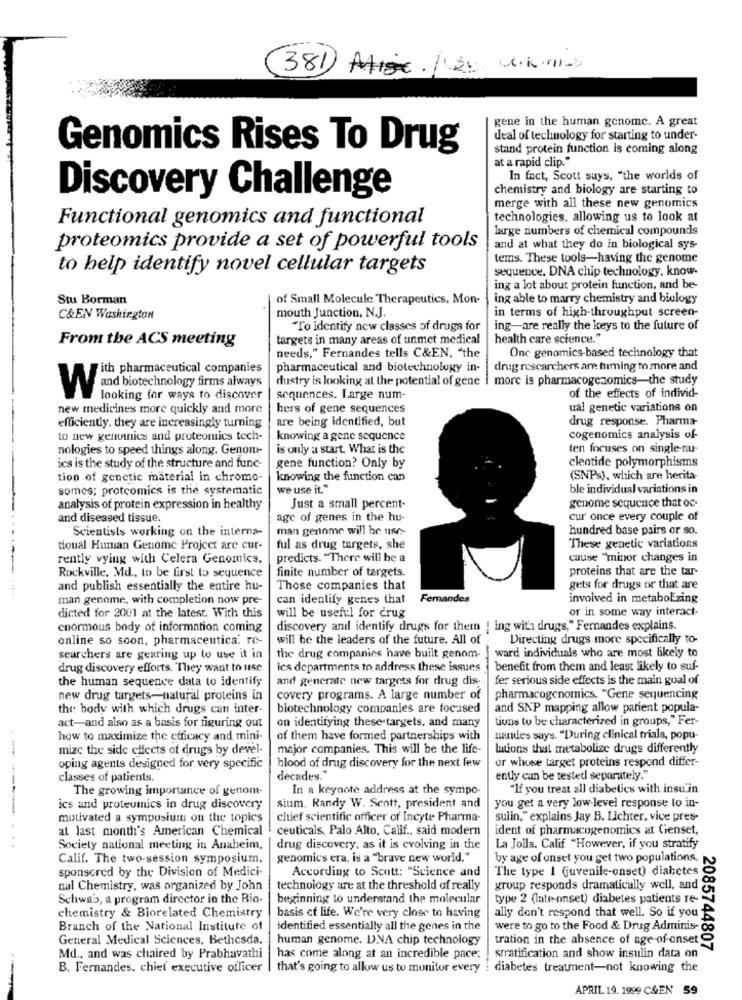
381
gene in the human genome. A great
deal of technology for starting to under-
Genomics Rises To Drug
stand protein function is coming along
at a rapid clip."
In fact, Scott says, "the worlds of
chemistry and biology are starting to
Discovery Challenge
merge with all these new genomics
Functional genomics and functional
technologies, allowing us to look at
large numbers of chemical compounds
proteomics provide a set of powerful tools
and at what they do in biological sys-
tems. These tools-having the genome
to help identify novel cellular targets
sequence, DNA chip technology, know-
ing a lot about protein function, and be-
Stu Borman
of Small Molecule Therapeutics, Mon-
ing able to marry chemistry and biology
in terms of high-throughput screen-
C&EN Washington
mouth Junction, N.J.
"To identify new classes of drugs for
ing-are really the keys to the future of
From the ACS meeting
targets in many areas of unmet medical
health care science."
needs," Fernandes tells C&EN, "the
One genomics-based technology that
pharmaceutical and biotechnology in-
drug researchers are timing to more and
With pharmaceutical companies
dustry is looking at the potential of gene | more is pharmacogenomics-the study
and biotechnology firms always
W
looking for ways to discover
sequences. Large num-
of the effects of individ-
new medicines more quickly and more
bers of gene sequences
ual genetic variations on
are being identified, but
drug response. Pharma-
efficiently, they are increasingly turning
to new genuinics and proteomics tech-
knowing a gene sequence
cogenomics analysis of-
nologies to speed things along. Genom-
is only a start. What is the
ten focuses on single-nu-
ics is the study of the structure and func-
gene function? Only by
clentide polymorphisms
tion of genetic material in chromo-
knowing the function can
(SNPs), which are herita-
somes; proteomics is the systematic
we use it."
ble individual variations in
genome sequence that oc-
analysis of protein expression in healthy
Just a small percent-
and diseased tissue.
age of genes in the hu-
cur once every couple of
Scientists working on the interna-
man genome will be use-
hundred base pairs or so.
tioual Human Genome Project are cur-
ful as drug targets, she
These genetic variations
rently vying with Celera Genomics.
predicts. "There will be a
cause "minor changes in
finite number of targets.
proteins that are the tar-
Rockville, Md ., to be first to sequence
and publish essentially the entire hu-
Those companies that
gets for drugs or that are
man genome, with completion now pre-
can identify genes that
Femandes
involved in metabol zing
or in some way interact-
dicted for 2001 at the latest. With this
will be useful for drug
enormous body of information coming
discovery and identify drugs for them ! ing with drugs," Fernandes explains.
online so soon, pharmaceutical ro-
will be the leaders of the future. All of
Directing drugs more specifically to-
ward individuals who are most likely to
searchers are gearing up to use it in
the drug companies have built genom-
drug discovery efforts. They want to use
ics departments to address these issues
benefit from them and least likely to suf-
the human sequence data to identify
and generate new targets for drug dis --
fer serious side effects is the main goal of
new drug targets-natural proteins in
covery programs. A large number of
pharmacogenomics. "Gene sequencing
the body with which drugs can inter-
biotechnology companies are focused
and SNP mapping allow patient popula-
on identifying these targets, and many
tiuns to be characterized in groups," Fer-
act-and also as a basis for figuring out
how to maximize the efficacy and mini-
of them have formed partnerships with
sandes says. "During clinical trials, popu-
mize the side effects of drugs by devel-
major companies. This will be the life-
lations that metabolize drugs differently
--
blood of drug discovery for the next few
or whose target proteins respond differ-
oping agents designed for very specific
classes of patients.
decades."
ently can be tested separately."
The growing importance of genom-
In a keynote address at the sympo-
'If you treat all diabetics with insu'in
ics and proteumics in drug discovery
sium, Randy W. Scott, president and
you get a very low-level response to in-
motivated a symposium on the topics
chief scientific officer of Incyte Pharma-
sulin," explains Jay B. Lichter, vice pres-
at last month's American Chemical
ceuticals. Palo Alto, Calif ., said modern
ident of pharmacogenomics at Genset,
. .
Society national meeting in Anaheim.
drug discovery, as it is evolving in the
La Jolla, Calif "However, if you stratify
Calif. The two-session symposium.
genomics era, is a "brave new world."
by age of onset you get two populations.
sponsored by the Division of Medici-
According to Scott: "Science and
The type I (juvenile-onset) diabetes
nal Chemistry, was organized by John
technology are at the threshold of really
group responds dramatically well, and
Schwab, a program director in the Rio-
beginning to understand the molecular
type 2 (late-onset) diabetes patients re-
chemistry & Biorelated Chemistry
basis of life. We're very close to having
ally don't respond that well. So if you
Branch of the National Institute of
identified essentially all the genes in the
were to go to the Food & Drug Adminis-
General Medical Sciences, Bethesda.
human genome. D.NA chip technology
tration in the absence of age-of-onset
2085744807
Md ., and was chaired by Prabhavathi
has come along at an incredible pace:
stratification and show insulin data on
B. Fernandes, chief executive officer
that's going to allow us to monitor every
diabetes treatment-not knowing the
APRIL 19. 1999 C&EN 59